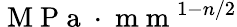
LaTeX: \mathrm{~M~P~a~}\cdot\mathrm{~m~m~}^{1-n/2}